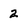
Character: 2